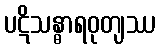
ပဋိသန္ဓာရဝုတျဿ